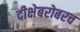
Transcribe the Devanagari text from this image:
दीक्षेबरोबरच